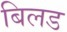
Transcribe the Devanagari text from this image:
बिलड